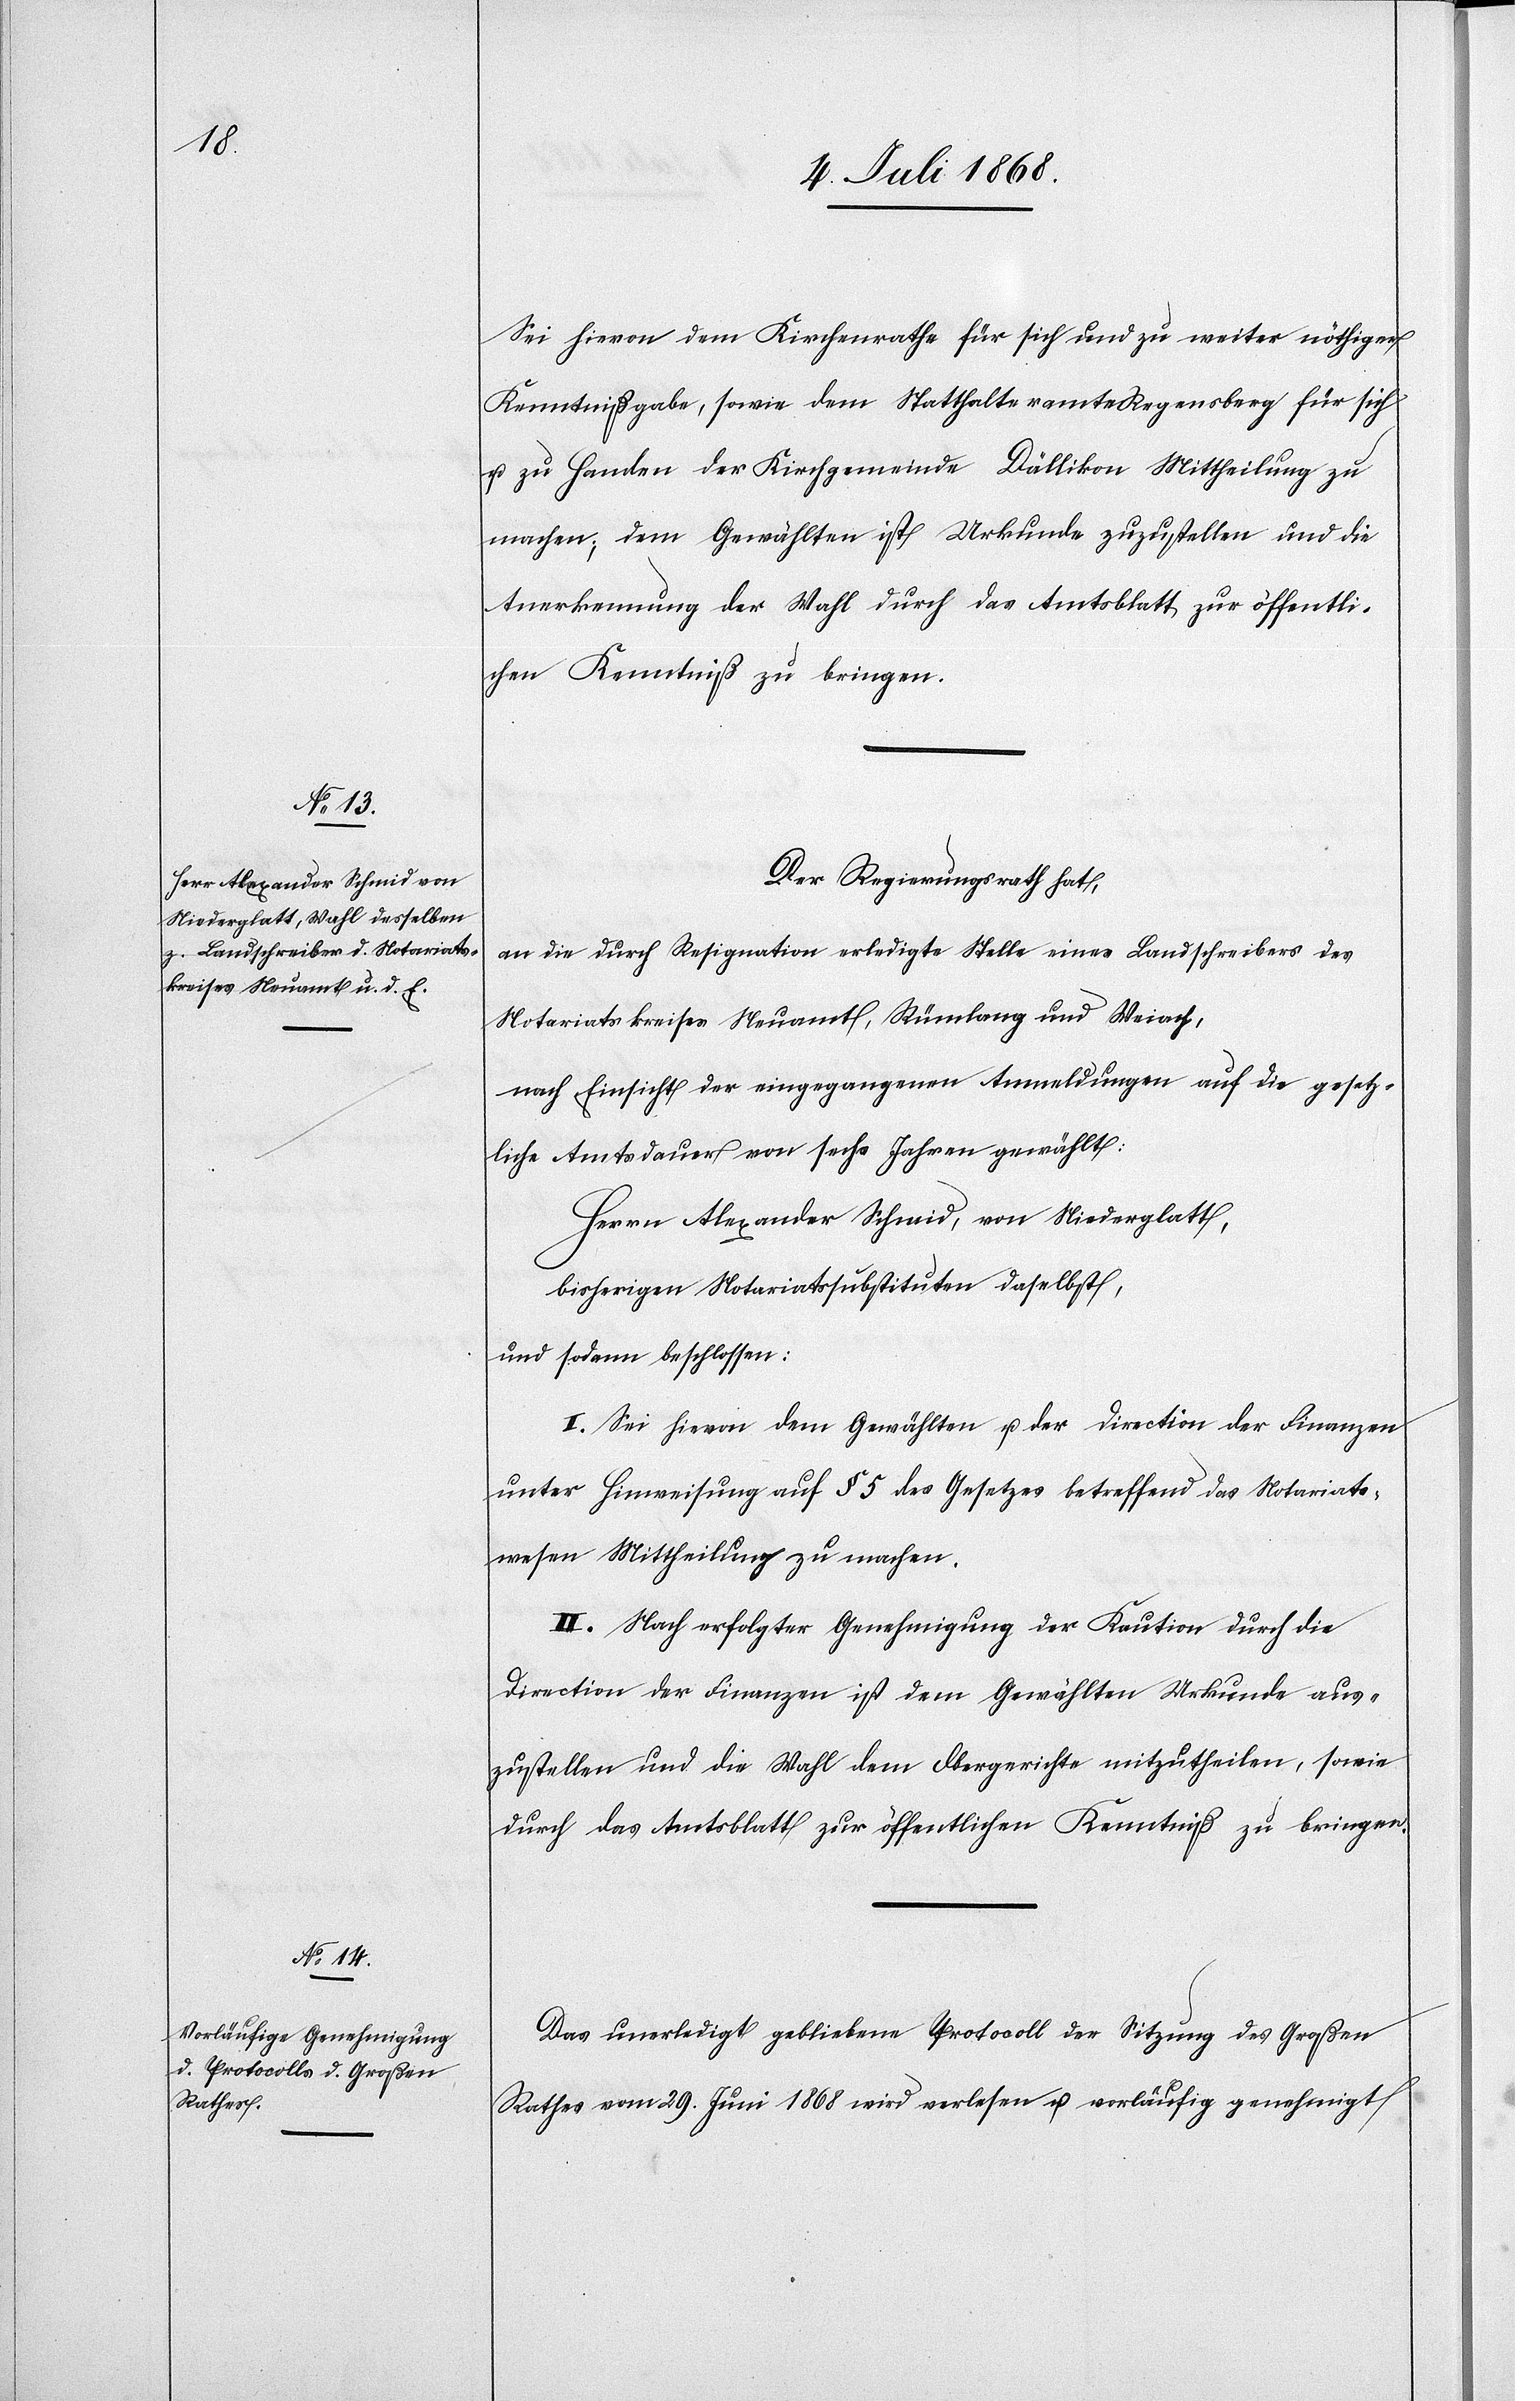
Sei hievon dem Kirchenrathe für sich und zu weiter nöthiger
Kenntnißgabe, sowie dem Statthalteramte Regensberg für sich
u. zu Handen der Kirchgemeinde Dällikon Mittheilung zu
machen; dem Gewählten ist Urkunde zuzustellen und die
Anerkennung der Wahl durch das Amtsblatt zur öffentli¬
chen Kenntniß zu bringen.
Der Regierungsrath hat,
an die durch Resignation erledigte Stelle eines Landschreibers des
Notariatskreises Neuamt, Rümlang und Weiach,
nach Einsicht der eingegangenen Anmeldungen auf die gesetz¬
liche Amtsdauer von sechs Jahren gewählt:
Herrn Alexander Schmid, von Niederglatt,
bisherigen Notariatssubstituten daselbst,
und sodann beschlossen:
I. Sei hievon dem Gewählten u. der Direction der Finanzen
unter Hinweisung auf § 5 des Gesetzes betreffend das Notariats¬
wesen Mittheilung zu machen.
II. Nach erfolgter Genehmigung der Kaution durch die
Direction der Finanzen ist dem Gewählten Urkunde aus¬
zustellen und die Wahl dem Obergerichte mitzutheilen, sowie
durch das Amtsblatt zur öffentlichen Kenntniß zu bringen.
Das unerledigt gebliebene Protocoll der Sitzung des Großen
Rathes vom 29. Juni 1868 wird verlesen u. vorläufig genehmigt